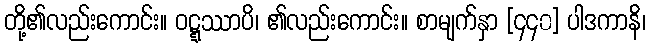
တို့၏လည်းကောင်း။ ဝဋ္ဋဿာပိ၊ ၏လည်းကောင်း။ စာမျက်နှာ [၄၄၀] ပါဒကာနိ၊